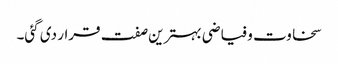
سخاوت و فیاضی بہترین صفت قرار دی گئی۔